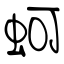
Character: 蚵